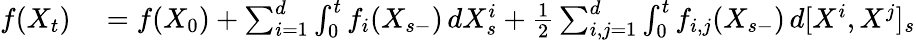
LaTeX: \begin{array}{rl}{f(X_{t})}&{{}=f(X_{0})+\sum_{i=1}^{d}\int_{0}^{t}f_{i}(X_{s-})\, dX_{s}^{i}+{\frac{1}{2}}\sum_{i,j=1}^{d}\int_{0}^{t}f_{i,j}(X_{s-})\, d[X^{i},X^{j}]_{s}}\end{array}